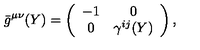
{ } \bar { g } ^ { \mu \nu } ( Y ) = \left( \begin{array} { c c } { - 1 } & { 0 } \\ { 0 } & { \gamma ^ { i j } ( Y ) } \\ \end{array} \right) ,